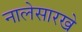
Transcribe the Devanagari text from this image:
नालेसारखे